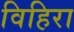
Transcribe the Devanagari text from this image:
विहिरा